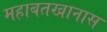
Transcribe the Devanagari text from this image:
महाबतखानास